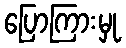
ပြောကြားမှု